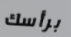
برأسك